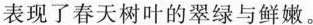
表现了春天树叶的翠绿与鲜嫩。